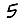
Digit: 5